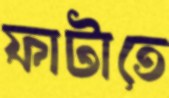
ফাটাতে